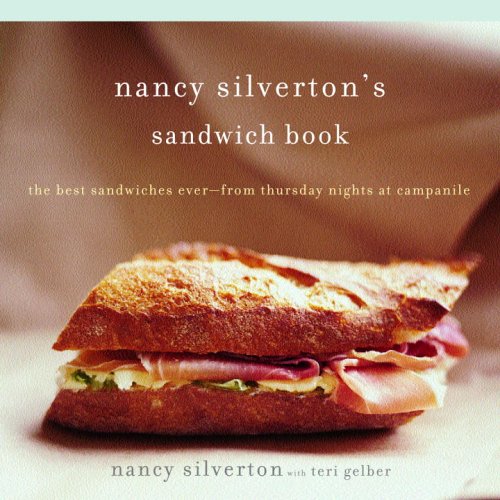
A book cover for Nancy Silverton's Sandwich Book: The Best Sandwiches Ever--from Thursday Nights at Campanile; Nancy Silverton; Cookbooks, Food & Wine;